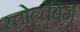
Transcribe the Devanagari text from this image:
स्तोल्तेंबेर्ग